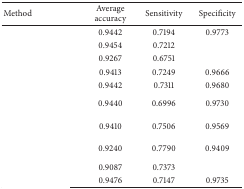
<table><thead><tr><td><b> Method </b></td><td><b> Average accuracy </b></td><td><b> Sensitivity </b></td><td><b> Specificity </b></td></tr></thead><tbody><tr><td>[EMPTY_CELL]</td><td> 0.9442 </td><td> 0.7194 </td><td> 0.9773 </td></tr><tr><td>[EMPTY_CELL]</td><td> 0.9454 </td><td> 0.7212 </td><td>[EMPTY_CELL]</td></tr><tr><td>[EMPTY_CELL]</td><td> 0.9267 </td><td> 0.6751 </td><td>[EMPTY_CELL]</td></tr><tr><td>[EMPTY_CELL]</td><td> 0.9413 </td><td> 0.7249 </td><td> 0.9666 </td></tr><tr><td>[EMPTY_CELL]</td><td> 0.9442 </td><td> 0.7311 </td><td> 0.9680 </td></tr><tr><td>[EMPTY_CELL]</td><td> 0.9440 </td><td> 0.6996 </td><td> 0.9730 </td></tr><tr><td>[EMPTY_CELL]</td><td> 0.9410 </td><td> 0.7506 </td><td> 0.9569 </td></tr><tr><td>[EMPTY_CELL]</td><td> 0.9240 </td><td> 0.7790 </td><td> 0.9409 </td></tr><tr><td>[EMPTY_CELL]</td><td> 0.9087 </td><td> 0.7373 </td><td>[EMPTY_CELL]</td></tr><tr><td>[EMPTY_CELL]</td><td> 0.9476 </td><td> 0.7147 </td><td> 0.9735 </td></tr></tbody></table>